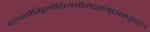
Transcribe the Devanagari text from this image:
प्राग्ज्योतिड्ढलौहित्यक्षीरोदसमुद्रपरुड्ढादाः।